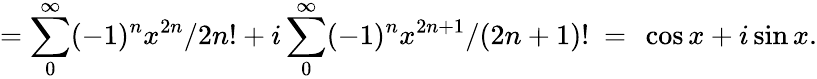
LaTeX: =\sum_{0}^{\infty}(-1)^{n}x^{2n}/2n!+i\sum_{0}^{\infty}(-1)^{n}x^{2n+1}/(2n+1)!\ =\ \cos x+i\sin x.